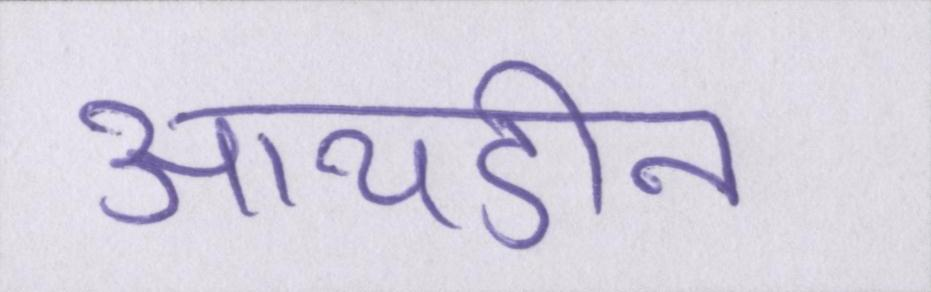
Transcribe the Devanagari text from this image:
आयडीन